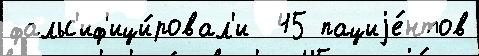
фальс'иф'ици́ровал'и  45 пациjе́нтов